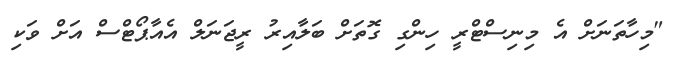
"މިހާތަނަށް އެ މިނިސްޓްރީ ހިންގި ގޮތަށް ބަލާއިރު ރީޖަނަލް އެއާޕޯޓްސް އަށް ވަކި